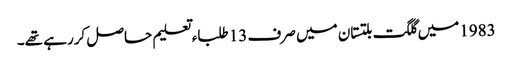
1983میں گلگت بلتستان میں صرف 13 طلباء تعلیم حاصل کررہے تھے۔